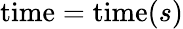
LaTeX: {\mathrm{time}}=\operatorname{time}(s)